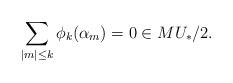
LaTeX: \begin{align*}\sum_{|m| \leq k} \phi_k(\alpha_m) = 0 \in MU_*/2.\end{align*}